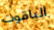
الياقوت